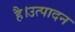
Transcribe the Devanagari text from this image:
है।उत्पादन